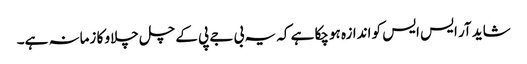
شاید آر ایس ایس کو اندازہ ہوچکا ہے کہ یہ بی جے پی کے چل چلاو کا زمانہ ہے۔